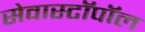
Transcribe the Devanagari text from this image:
सेवास्टॉपॉल